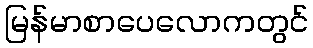
မြန်မာစာပေလောကတွင်